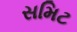
સમિટ